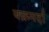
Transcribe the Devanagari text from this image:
चक्रमर्दा